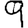
Digit: 9